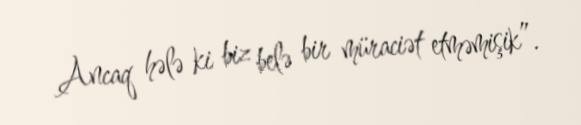
Ancaq hələ ki biz belə bir müraciət etməmişik”.